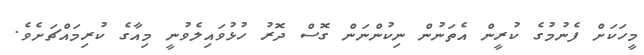
މީހަކަށް ފެނުމުގެ ކުރީން އެތަނުން ނިކުންނަން ގޮސް ދޮރު ހުޅުވައިލެވުނީ މިއާގެ ކުރިމައްޗަށެވެ.